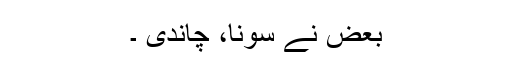
بعض نے سونا، چاندی ۔